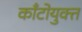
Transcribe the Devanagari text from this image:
काँटोयुक्त